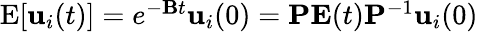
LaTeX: \begin{array}{r}{\mathrm{E}[{\mathbf{u}}_{i}(t)]=e^{{-\mathbf B}t}{\mathbf{u}}_{i}(0)={\mathbf P}{\mathbf E}(t){\mathbf P}^{-1}{\mathbf{u}}_{i}(0)}\end{array}